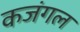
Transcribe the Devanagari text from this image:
कजंगल